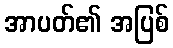
အာပတ်၏ အပြစ်